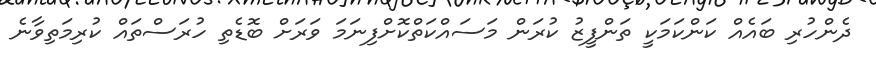
ދެންހުރި ބައެއް ކަންކަމަކީ ތަންފީޒު ކުރަން މަސައްކަތްކޮށްފިނަމަ ވަރަށް ބޮޑެތި ހުރަސްތައް ކުރިމަތިވާނެ